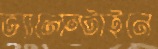
ভ্যালেন্টাইনে